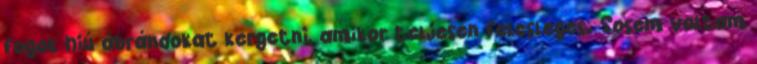
fogok hiú ábrándokat kergetni, amikor teljesen felesleges. Sosem voltam